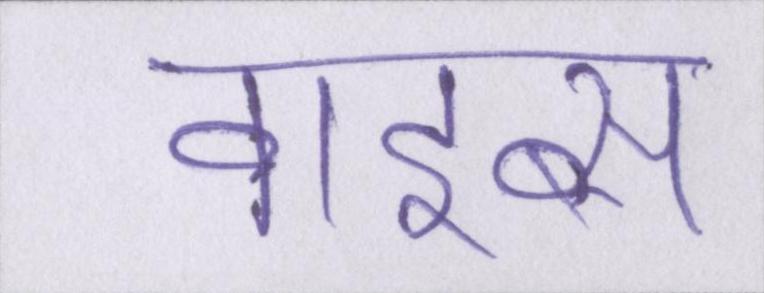
वाइब्स